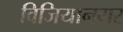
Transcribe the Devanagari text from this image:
विजियानगर